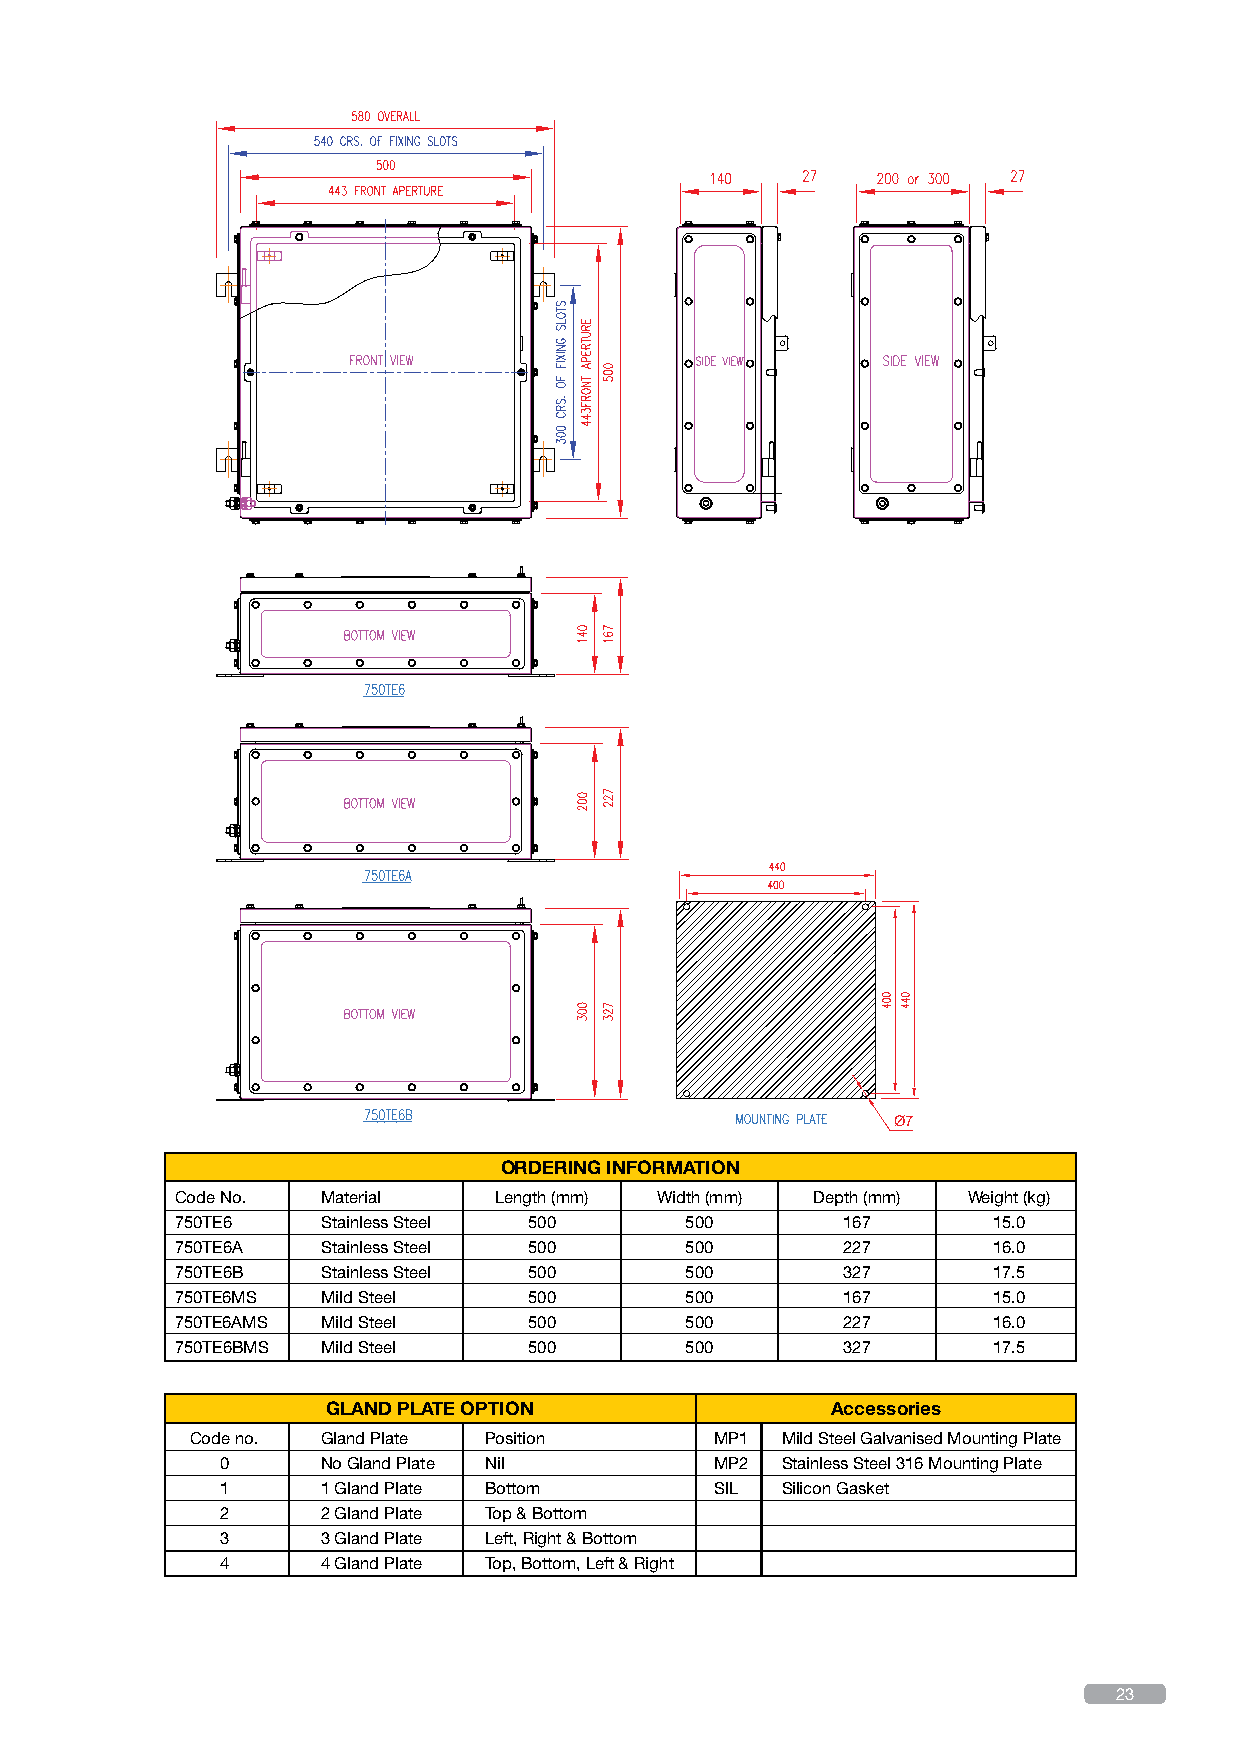
Ø7
 ORDERING INFORMATION
 Code No. Material    Length (mm) Width (mm) Depth (mm) Weight (kg)
 750TE6   Stainless Steel 500     500        167       15.0
 750TE6A  Stainless Steel 500     500        227       16.0
 750TE6B  Stainless Steel 500     500        327       17.5
 750TE6MS Mild Steel    500       500        167       15.0
 750TE6AMS Mild Steel   500       500        227       16.0
 750TE6BMS Mild Steel   500       500        327       17.5
 GLAND PLATE OPTION               Accessories
 Code no. Gland Plate Position     MP1  Mild Steel Galvanised Mounting Plate
 0     No Gland Plate Nil        MP2  Stainless Steel 316 Mounting Plate
 1     1 Gland Plate Bottom      SIL  Silicon Gasket
 2     2 Gland Plate Top & Bottom
 3     3 Gland Plate Left, Right & Bottom
 4     4 Gland Plate Top, Bottom, Left & Right
 23